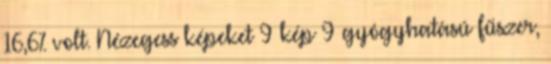
16,6% volt. Nézegess képeket 9 kép 9 gyógyhatású fűszer,